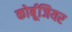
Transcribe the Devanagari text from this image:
कोर्बूजियर